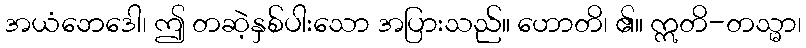
အယံဘေဒေါ၊ ဤ တဆဲ့နှစ်ပါးသော အပြားသည်။ ဟောတိ၊ ၏။ ဣတိ-တသ္မာ၊